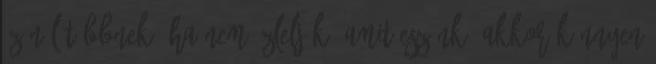
ízénél többnek. Ha nem ízleljük, amit eszünk, akkor könnyen